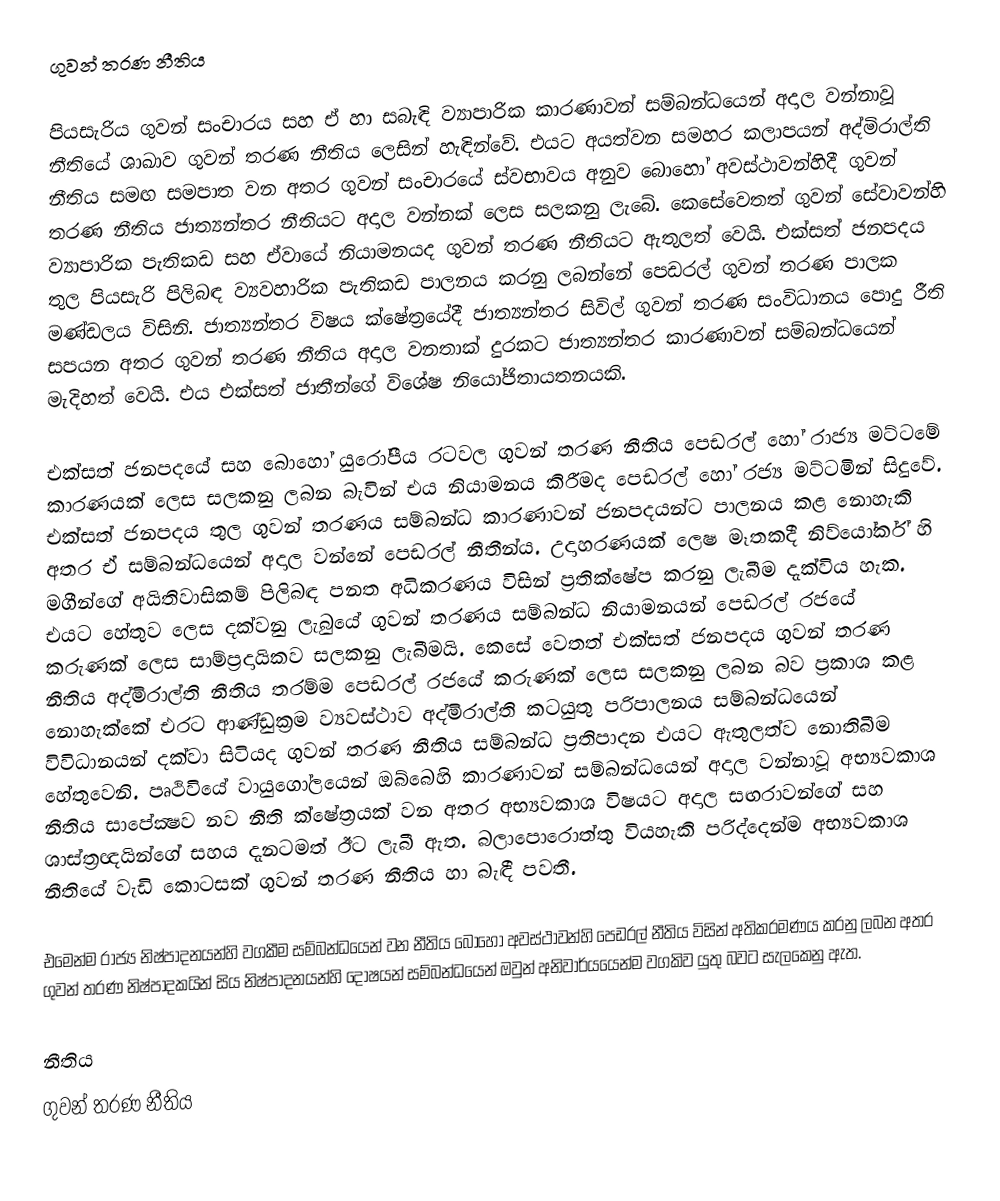
ගුවන් තරණ නීතිය

පියසැරිය ගුවන් සංචාරය සහ ඒ හා සබැඳි ව්‍යාපාරික කාරණාවන් සම්බන්ධයෙන් අදාල වන්නාවූ නීතියේ ශාඛාව ගුවන් තරණ නීතිය ලෙසින් හැඳින්වේ. එයට අයත්වන සමහර කලාපයන් අද්මිරාල්ති නීතිය සමඟ සමපාත වන අතර ගුවන් සංචාරයේ ස්වභාවය අනුව බොහෝ අවස්ථාවන්හිදී ගුවන් තරණ නීතිය ජාත්‍යන්තර නීතියට අදාල වන්නක් ලෙස සලකනු ලැබේ. කෙසේවෙතත් ගුවන් සේවාවන්හි ව්‍යාපාරික පැතිකඩ සහ ඒවායේ නියාමනයද ගුවන් තරණ නීතියට ඇතුලත් වෙයි. එක්සත් ජනපදය තුල පියසැරි පිලිබඳ ව්‍යවහාරික පැතිකඩ පාලනය කරනු ලබන්නේ පෙඩරල් ගුවන් තරණ පාලක මණ්ඩලය විසිනි. ජාත්‍යන්තර විෂය ක්ෂේත‍්‍රයේදී ජාත්‍යන්තර සිවිල් ගුවන් තරණ සංවිධානය පොදු රීති සපයන අතර ගුවන් තරණ නීතිය අදාල වනතාක් දුරකට ජාත්‍යන්තර කාරණාවන් සම්බන්ධයෙන් මැදිහත් වෙයි. එය එක්සත් ජාතීන්ගේ විශේෂ නියෝජිතායතනයකි.

එක්සත් ජනපදයේ සහ බොහෝ යුරෝපීය රටවල ගුවන් තරණ නීතිය පෙඩරල් හෝ රාජ්‍ය මට්ටමේ කාරණයක් ලෙස සලකනු ලබන බැවින් එය නියාමනය කිරීමද පෙඩරල් හෝ රජ්‍ය මට්ටමින් සිදුවේ. එක්සත් ජනපදය තුල ගුවන් තරණය සම්බන්ධ කාරණාවන් ජනපදයන්ට පාලනය කළ නොහැකි අතර ඒ සම්බන්ධයෙන් අදාල වන්නේ පෙඩරල් නීතීන්ය. උදාහරණයක් ලෙෂ මෑතකදී නිව්යෝර්ක් හි මගීන්ගේ අයිතිවාසිකම් පිලිබඳ පනත අධිකරණය විසින් ප‍්‍රතික්ෂේප කරනු ලැබීම දැක්විය හැක. එයට හේතුව ලෙස දක්වනු ලැබුයේ ගුවන් තරණය සම්බන්ධ නියාමනයන් පෙඩරල් රජයේ කරුණක් ලෙස සාම්ප‍්‍රදායිකව සලකනු ලැබීමයි. කෙසේ වෙතත් එක්සත් ජනපදය ගුවන් තරණ නීතිය අද්මිරාල්ති නීතිය තරම්ම පෙඩරල් රජයේ කරුණක් ලෙස සලකනු ලබන බව ප‍්‍රකාශ කළ නොහැක්කේ එරට ආණ්ඩුක‍්‍රම ව්‍යවස්ථාව අද්මිරාල්ති කටයුතු පරිපාලනය සම්බන්ධයෙන් විවිධානයන් දක්වා සිටියද ගුවන් තරණ නීතිය සම්බන්ධ ප‍්‍රතිපාදන එයට ඇතුලත්ව නොතිබීම හේතුවෙනි. පෘථිවියේ වායුගෝලයෙන් ඔබ්බෙහි කාරණාවන් සම්බන්ධයෙන් අදාල වන්නාවූ අභ්‍යවකාශ නීතිය සාපේක්‍ෂව නව නීති ක්ෂේත‍්‍රයක් වන අතර අභ්‍යවකාශ විෂයට අදාල සඟරාවන්ගේ සහ ශාස්ත‍්‍රඥයින්ගේ සහය දැනටමත් ඊට ලැබී ඇත. බලාපොරොත්තු වියහැකි පරිද්දෙන්ම අභ්‍යවකාශ නීතියේ වැඩි කොටසක් ගුවන් තරණ නීතිය හා බැඳී පවතී.

එමෙන්ම රාජ්‍ය නිෂ්පාදනයන්හි වගකීම සම්බන්ධයෙන් වන නීතිය බොහෝ අවස්ථාවන්හි පෙඩරල් නීතිය විසින් අතික‍්‍රමණය කරනු ලබන අතර ගුවන් තරණ නිෂ්පාදකයින් සිය නිෂ්පාදනයන්හි දෝෂයන් සම්බන්ධයෙන් ඔවුන් අනිවාර්යයෙන්ම වගකිව යුතු බවට සැලකෙනු ඇත.

නීතිය
ගුවන් තරණ නීතිය